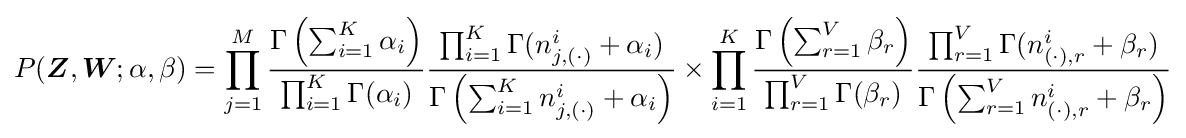
P({\boldsymbol {Z}},{\boldsymbol {W}};\alpha ,\beta )=\prod _{j=1}^{M}{\frac {\Gamma \left(\sum _{i=1}^{K}\alpha _{i}\right)}{\prod _{i=1}^{K}\Gamma (\alpha _{i})}}{\frac {\prod _{i=1}^{K}\Gamma (n_{j,(\cdot )}^{i}+\alpha _{i})}{\Gamma \left(\sum _{i=1}^{K}n_{j,(\cdot )}^{i}+\alpha _{i}\right)}}\times \prod _{i=1}^{K}{\frac {\Gamma \left(\sum _{r=1}^{V}\beta _{r}\right)}{\prod _{r=1}^{V}\Gamma (\beta _{r})}}{\frac {\prod _{r=1}^{V}\Gamma (n_{(\cdot ),r}^{i}+\beta _{r})}{\Gamma \left(\sum _{r=1}^{V}n_{(\cdot ),r}^{i}+\beta _{r}\right)}}